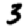
Digit: 3